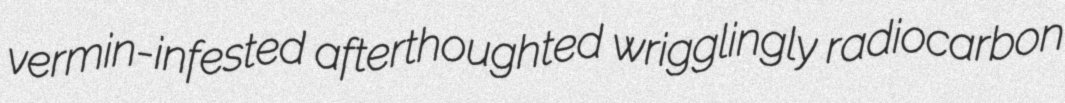
vermin-infested afterthoughted wrigglingly radiocarbon